Document type: Testament
Year: 1362
Scribe: Berenguer Vergós
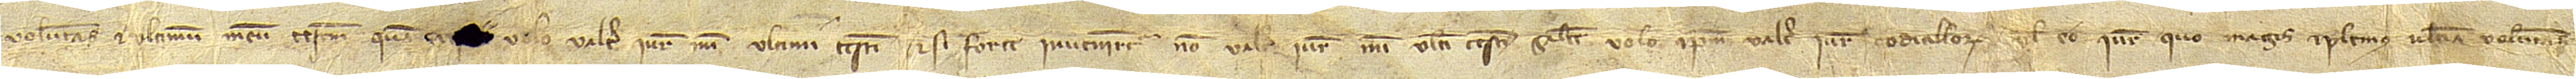
voluntas et ultimum meum testamentum, quam e[nim] volo valere iure mei ultimi testamenti. Et si forte inveniretur non valere iure mei ultimi testamenti, saltem volo ipsum valere iure codicillorum vel eo iure quo magis et plenius ultima voluntas